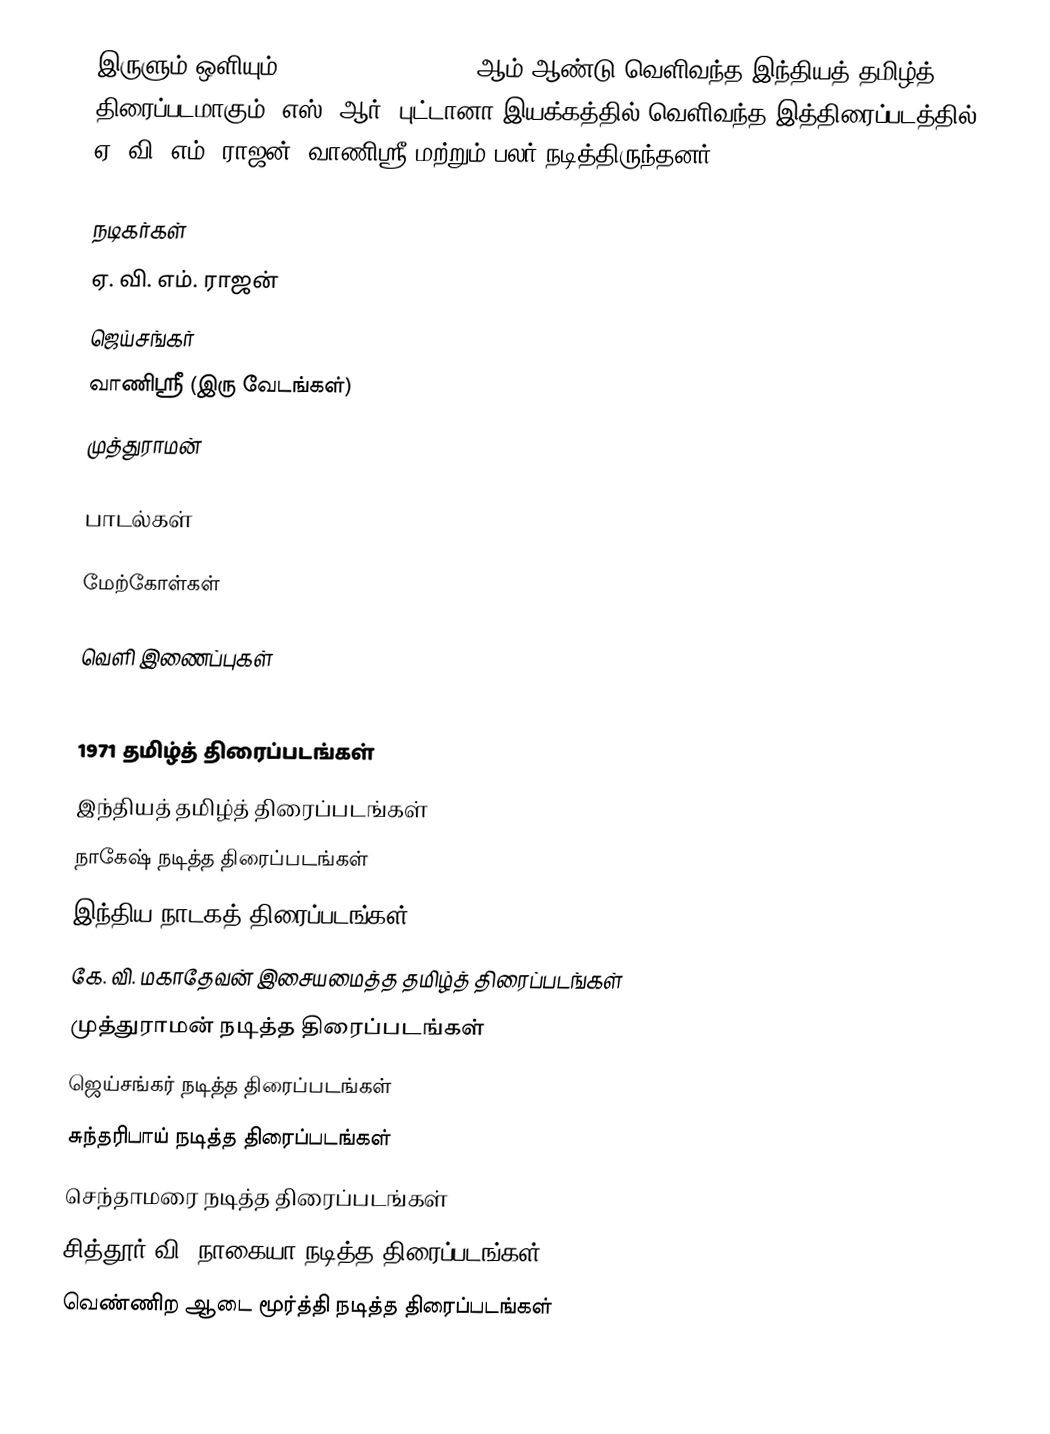
இருளும் ஒளியும் (Irulum Oliyum) 1971 ஆம் ஆண்டு வெளிவந்த இந்தியத் தமிழ்த் திரைப்படமாகும். எஸ். ஆர். புட்டானா இயக்கத்தில் வெளிவந்த இத்திரைப்படத்தில் ஏ. வி. எம். ராஜன், வாணிஸ்ரீ மற்றும் பலர் நடித்திருந்தனர்.

நடிகர்கள்
ஏ. வி. எம். ராஜன்
ஜெய்சங்கர்
வாணிஸ்ரீ (இரு வேடங்கள்)
முத்துராமன்

பாடல்கள்

மேற்கோள்கள்

வெளி இணைப்புகள்

1971 தமிழ்த் திரைப்படங்கள்
இந்தியத் தமிழ்த் திரைப்படங்கள்
நாகேஷ் நடித்த திரைப்படங்கள்
இந்திய நாடகத் திரைப்படங்கள்
கே. வி. மகாதேவன் இசையமைத்த தமிழ்த் திரைப்படங்கள்
முத்துராமன் நடித்த திரைப்படங்கள்
ஜெய்சங்கர் நடித்த திரைப்படங்கள்
சுந்தரிபாய் நடித்த திரைப்படங்கள்
செந்தாமரை நடித்த திரைப்படங்கள்
சித்தூர் வி. நாகையா நடித்த திரைப்படங்கள்
வெண்ணிற ஆடை மூர்த்தி நடித்த திரைப்படங்கள்